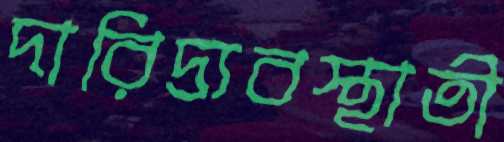
দারিদ্র্যবস্থাতী